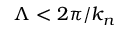
\Lambda < 2 \pi / k _ { n }